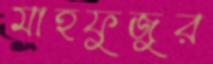
মাহফুজুর